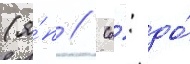
(я́п // Со́: до́